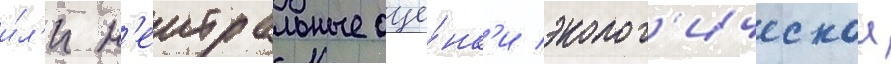
и́л'и н'еитральные оце́нк'и эколог'ическои